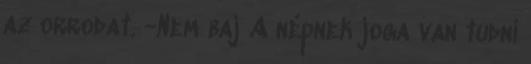
az orrodat. -Nem baj A népnek joga van tudni